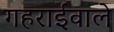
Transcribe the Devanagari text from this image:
गहराईवाले